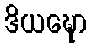
ဒိယဍ္ဎော